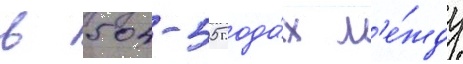
в 504-505 года́х м'е́жду